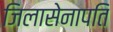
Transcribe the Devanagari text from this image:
जिलासेनापति